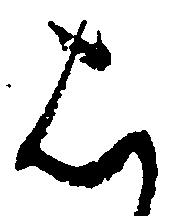
は